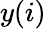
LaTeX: y(i)